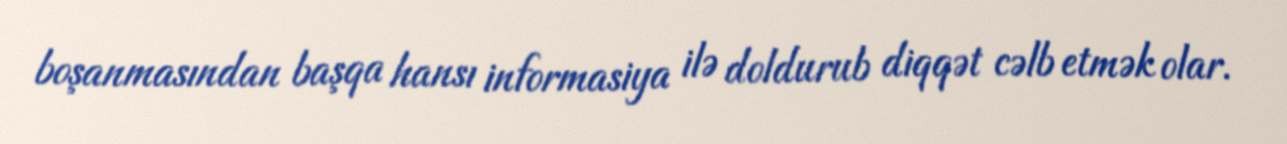
boşanmasından başqa hansı informasiya ilə doldurub diqqət cəlb etmək olar.